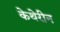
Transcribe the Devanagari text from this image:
केथेरीन